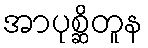
အာပုစ္ဆိတူန